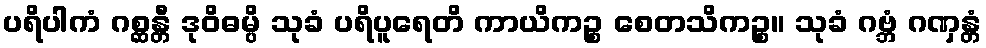
ပရိပါကံ ဂစ္ဆန္တီ ဒုဝိဓမ္ပိ သုခံ ပရိပူရေတိ ကာယိကဉ္စ စေတသိကဉ္စ။ သုခံ ဂဗ္ဘံ ဂဏှန္တံ